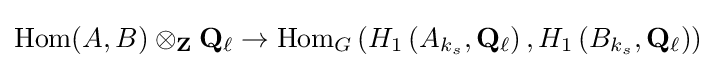
{\text{Hom}}(A,B)\otimes _{\mathbf {Z} }\mathbf {Q} _{\ell }\to {\text{Hom}}_{G}\left(H_{1}\left(A_{k_{s}},\mathbf {Q} _{\ell }\right),H_{1}\left(B_{k_{s}},\mathbf {Q} _{\ell }\right)\right)